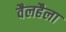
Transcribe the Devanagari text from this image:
वैलहैला